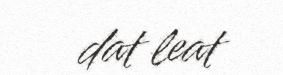
dat leat